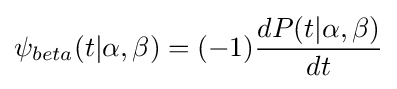
\psi _{beta}(t|\alpha ,\beta )=(-1){\frac {dP(t|\alpha ,\beta )}{dt}}